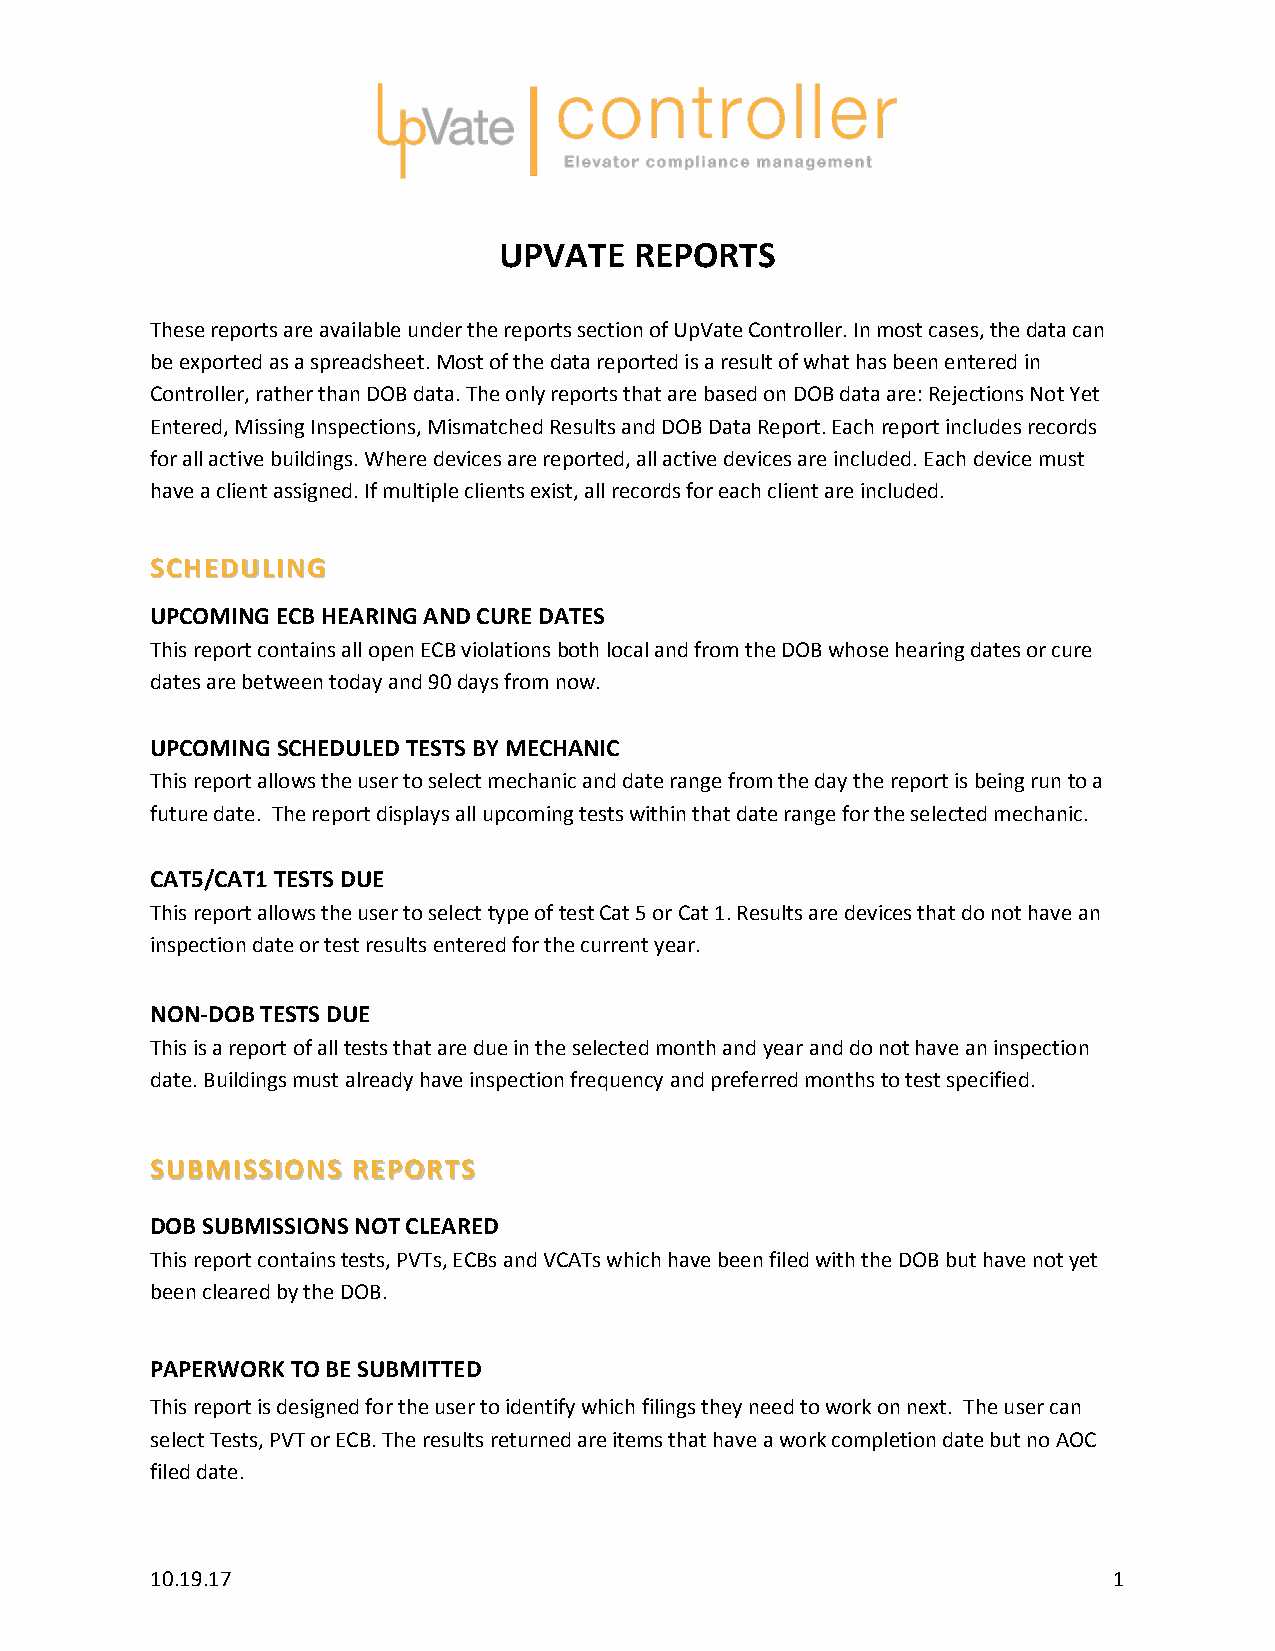
UPVATE   REPORTS
 These reports are available under the reports section of UpVate Controller. In most cases, the data can
 be exported as a spreadsheet. Most of the data reported is a result of what has been entered in
 Controller, rather than DOB data. The only reports that are based on DOB data are: Rejections Not Yet
 Entered, Missing Inspections, Mismatched Results and DOB Data Report. Each report includes records
 for all active buildings. Where devices are reported, all active devices are included. Each device must
 have a client assigned. If multiple clients exist, all records for each client are included.
 SSCCHHEEDDUULLIINNGG
 UPCOMING ECB HEARING AND CURE DATES
 This report contains all open ECB violations both local and from the DOB whose hearing dates or cure
 dates are between today and 90 days from now.
 UPCOMING SCHEDULED TESTS BY MECHANIC
 This report allows the user to select mechanic and date range from the day the report is being run to a
 future date. The report displays all upcoming tests within that date range for the selected mechanic.
 CAT5/CAT1 TESTS DUE
 This report allows the user to select type of test Cat 5 or Cat 1. Results are devices that do not have an
 inspection date or test results entered for the current year.
 NON-DOB TESTS DUE
 This is a report of all tests that are due in the selected month and year and do not have an inspection
 date. Buildings must already have inspection frequency and preferred months to test specified.
 SSUUBBMMIISSSSIIOONNSS RREEPPOORRTTSS
 DOB SUBMISSIONS NOT CLEARED
 This report contains tests, PVTs, ECBs and VCATs which have been filed with the DOB but have not yet
 been cleared by the DOB.
 PAPERWORK TO BE SUBMITTED
 This report is designed for the user to identify which filings they need to work on next. The user can
 select Tests, PVT or ECB. The results returned are items that have a work completion date but no AOC
 filed date.
 10.19.17                                                        1